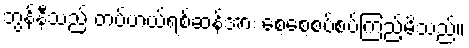
ဘွန်နီသည် တပ်ဟယ်ရစ်ဆန်အား စေ့စေ့စပ်စပ်ကြည့်မိသည်။